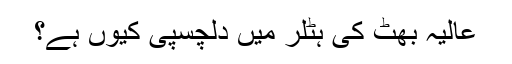
عالیہ بھٹ کی ہٹلر میں دلچسپی کیوں ہے؟